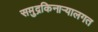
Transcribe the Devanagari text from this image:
समुद्रकिनार्‍यालगत